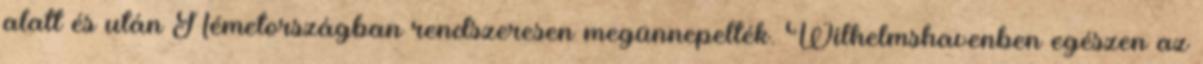
alatt és után Németországban rendszeresen megünnepelték. Wilhelmshavenben egészen az